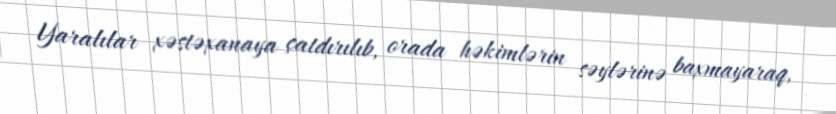
Yaralılar xəstəxanaya çatdırılıb, orada həkimlərin səylərinə baxmayaraq,